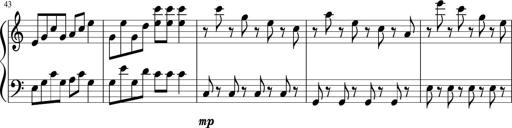
Title: Sonatine Nr.1 in C-Dur
Composer: DÃ©sirÃ©e Manns
Key: C major